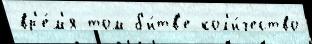
вр'е́м'я том б'и́тв'е кол'и́чество